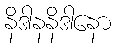
နိဒါနနိဒါနော